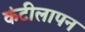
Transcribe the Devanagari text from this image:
कंटीलापन